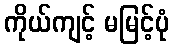
ကိုယ်ကျင့် မမြင့်ပုံ